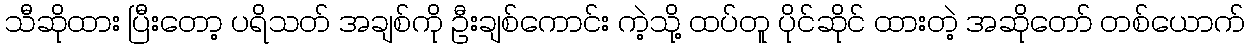
သီဆိုထား ပြီးတော့ ပရိသတ် အချစ်ကို ဦးချစ်ကောင်း ကဲ့သို့ ထပ်တူ ပိုင်ဆိုင် ထားတဲ့ အဆိုတော် တစ်ယောက်